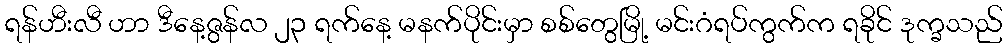
ရန်ဟီးလီ ဟာ ဒီနေ့ဇွန်လ ၂၃ ရက်နေ့ မနက်ပိုင်းမှာ စစ်တွေမြို့ မင်းဂံရပ်ကွက်က ရခိုင် ဒုက္ခသည်